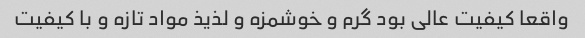
واقعا کیفیت عالی بود گرم و خوشمزه و لذیذ مواد تازه و با کیفیت